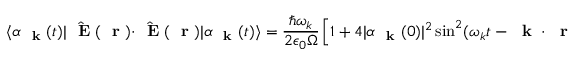
\langle \alpha _ { \mathrm { ~ \bf ~ k ~ } } ( t ) | \hat { \mathrm { ~ \bf ~ E ~ } } ( \mathrm { ~ \bf ~ r ~ } ) \cdot \hat { \mathrm { ~ \bf ~ E ~ } } ( \mathrm { ~ \bf ~ r ~ } ) | \alpha _ { \mathrm { ~ \bf ~ k ~ } } ( t ) \rangle = \frac { \hbar \omega _ { k } } { 2 \epsilon _ { 0 } \Omega } \left[ 1 + 4 | \alpha _ { \mathrm { ~ \bf ~ k ~ } } ( 0 ) | ^ { 2 } \sin ^ { 2 } ( \omega _ { k } t - \mathrm { ~ \bf ~ k ~ } \cdot \mathrm { ~ \bf ~ r ~ } - \phi _ { \mathrm { ~ \bf ~ k ~ } } ) \right]